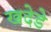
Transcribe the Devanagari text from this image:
खदेडे